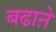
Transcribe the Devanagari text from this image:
बढाऩे